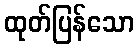
ထုတ်ပြန်သော